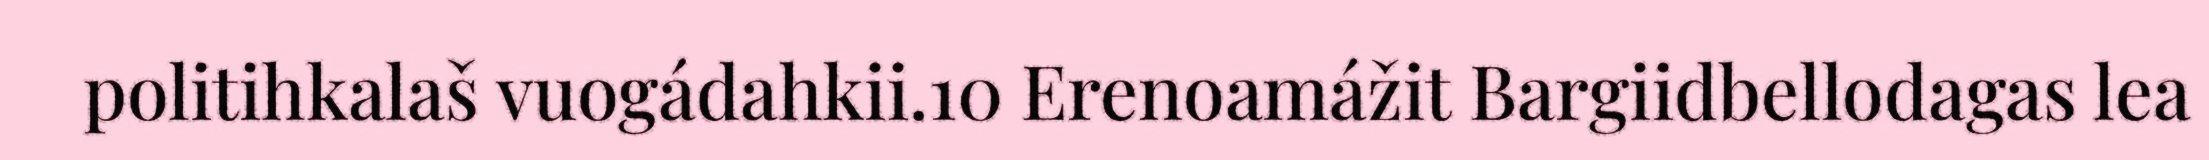
politihkalaš vuogádahkii.10 Erenoamážit Bargiidbellodagas lea